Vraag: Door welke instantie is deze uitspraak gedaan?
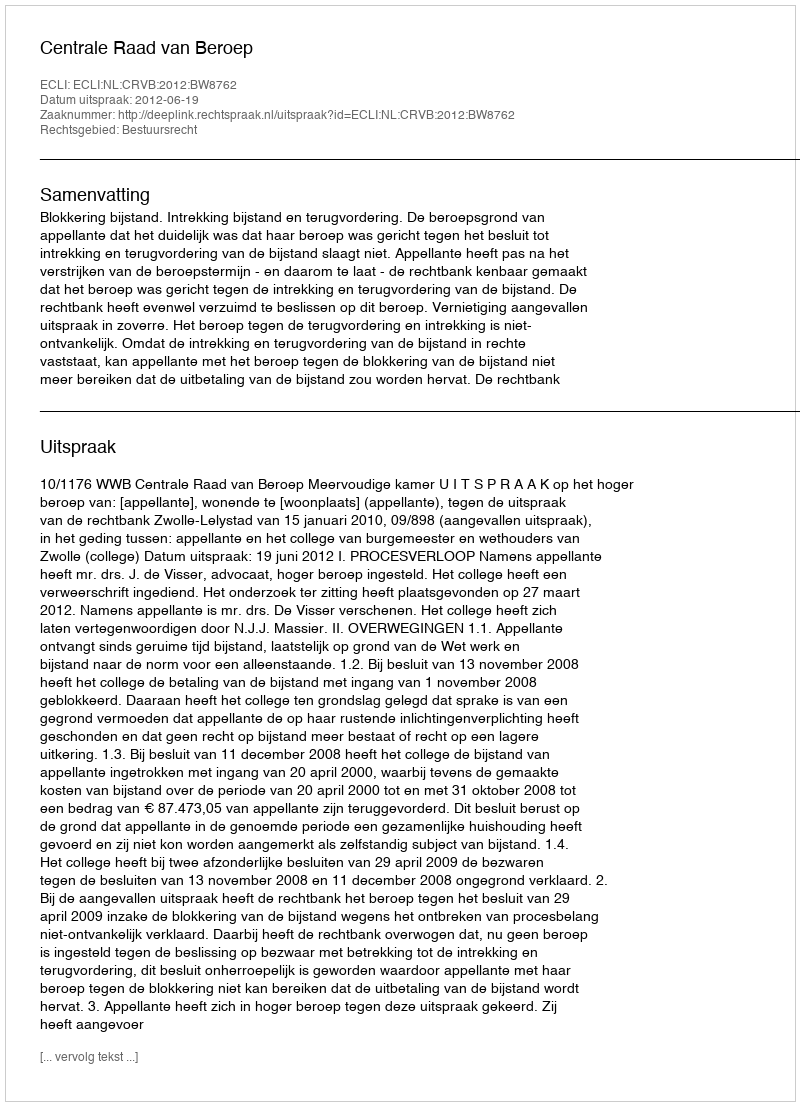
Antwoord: Centrale Raad van Beroep